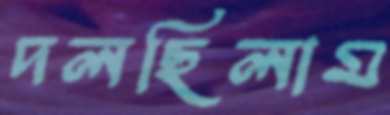
দলছিলাম